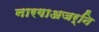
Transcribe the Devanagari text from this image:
नारगाअजर्नि